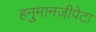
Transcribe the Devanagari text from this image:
हनु्मानजीपेटा